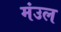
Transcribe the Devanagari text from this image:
मंउल